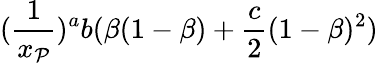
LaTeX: (\frac{1}{x_{{\cal P}}})^{a}b(\beta(1-\beta)+\frac{c}{2}(1-\beta)^{2})